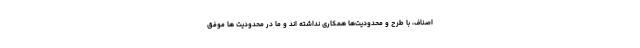
اصناف، با طرح و محدودیت‌ها همکاری نداشته اند و ما در محدودیت ها موفق